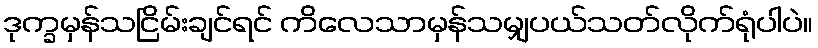
ဒုက္ခမှန်သငြိမ်းချင်ရင် ကိလေသာမှန်သမျှပယ်သတ်လိုက်ရုံပါပဲ။